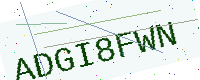
Text: ADGI8FWN